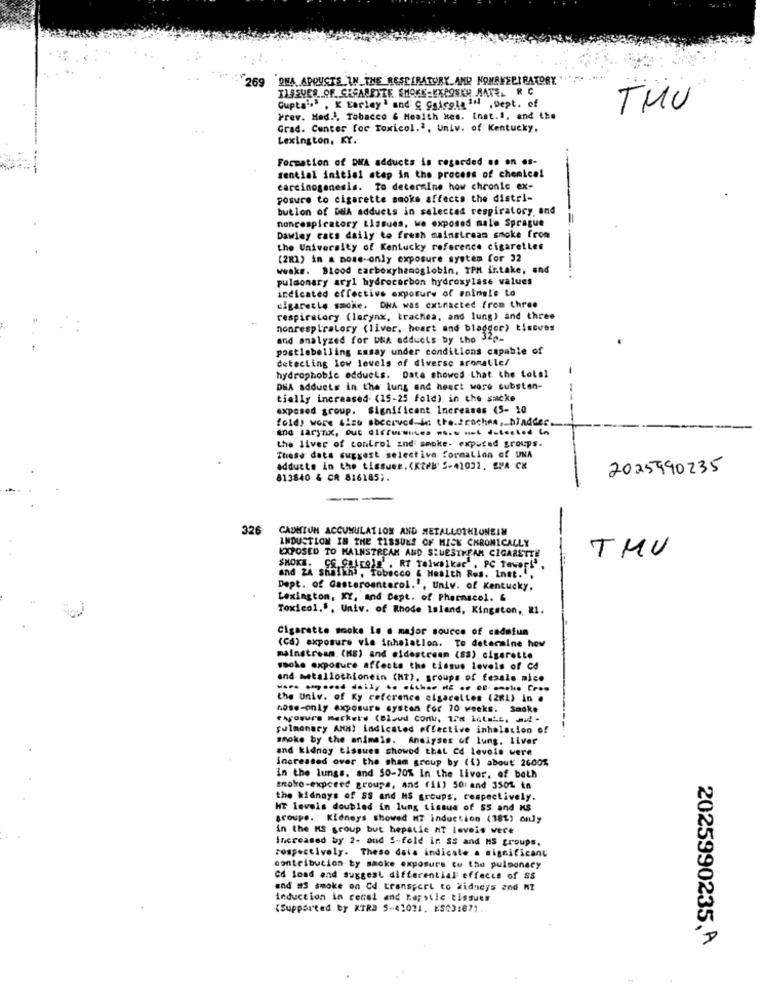
269
ONA, APOUCTS_IN_THE RESPIRATORY AND NONEVEPIRATORY ".
TLEVES .OF CESARETTE SHOKE-EXPOSE BATE, R C
Cupta',' , X Larlay' and G Ggicola In ,Dept. of
TMU
Frev. Med .!, Tobacco & Health kes. Inst.1, and the
Grad. Center for Toxicol.ª, Univ. of Kentucky.
Lexington, KY.
Formation of DWA adducts is regarded us on es-
sential initial step in the process of chemical
carcinogenesis. To determine how chronic ex-
posure to cigarette smoke affects the distri-
bution of DNA adduets in selected respiratory and
nonrespiratory tissues, we exposes male Sprague
=
Dawley cats daily to fresh mainstream smoke from
the University of Kentucky reference cigarettes
(281) in a nose-only exposure system for 32
wwaks. Blood carboxyhemoglobin, IPM intake, and
pulmonary aryl hydrocorbon hydroxylase values
indicated effective exposure of animals to
cigarette smoke. DNA was extracted from three
respiratory (larynx, trachea, and lung) and three
nonrespiratory (liver, heart and bladder) tiseves
and analyzed for DRA edducis by tho 32p-
postlabelling assay under conditions capable of
detecting low levels of diverse aronatle/
hydrophobic odduets. Date showed that the total
DHA adduets in the lung and heact wore substan-
tially increased (15-25 fold) in the sacke
exposed group. Significant Increases (5- 10
fold) were size observed in the reaches, bladder.
and sarynix, but differences we .. nul dotested in
the liver of control and smoke. expused groups.
These data suggest selective formation of UNA
adducts in the tissuee.(KRFN' 5-41031. SMA CK
2025490235
813840 & CR 816185 ;.
---
326
CADMIUM ACCUMULATION AND METALLOTHIONEIM
INDUSTLOM IN THE TISSUES OF MICK CHRONICALLY
EXPOSED TO MAINSTREAM AND SZUESTKEAN CIGARETTE
THU
SMOKE. CE Cuire)E' . RT Talwalker , PC Tower!'
and ZA Shaikhi , Tobacco & Health Res. Inat.".
Dept. of Gasteroanterol. , Univ. of Kentucky.
Lexington, KY, and Dept. of Pharmacol. &
Toxicol.$, Univ. of Rhode Island, Kingston, RI.
Cigarette smoke is a major source of cadafus
(Cd) exposure via inhalation. To determine how
mainstream. (KS) and eldestream (83) cigarette
ssoke exposure affects the tissus levels of cd
and metallothionein (ht), groups of female mice
the Univ. of Ky reference cigarettes (28L) in .
nose-only exposure systen for 70 weeks. Smoke
FAÇOsure markers (Bleud Conk, 178 let LL. M.
pulmonary AMM) indicated effective inhalation of
smoke by the animals. Analyses of lung. ILver
and kidney tissues showed that cd levois were
increased over the sham group by (1) about 2600%
in the lungs, and 50-70% In the liver, of both
snokro-exposed groups, and (1l) 501 and 350% tn
the kidnays of SS and MS groups, respectively.
HT levels doubled in lung tissue of SS and KS
groupe. Kidneys showed MT induction (38%) only
in the MS group but hepalle AT loveis vece
Increased by 2- and 5-fold in ss and HS groups.
respectively. Theso data indicate a significant
contribution by smoke exposure to the pulsonacy
Cd lond end Suggest differential effects of SS
and #5 smoke on Cd transport to kidneys and NT
induction in consi and Repstic tissues
(Supported by XTRA 5-41021. KS031871.
2025990235, A